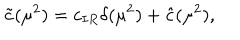
LaTeX: \nonumber \tilde { c } ( \mu ^ { 2 } ) = c _ { I R } \delta ( \mu ^ { 2 } ) + \hat { c } ( \mu ^ { 2 } ) ,